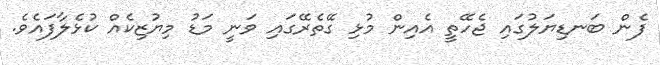
ފެން ބަނޑިޔަލުގައި ޖެހޭތީ އެއިން މުޅި ގޭތެރޭގައި ވަނީ މަޑު މިޔުޒިކެއް ކުޅެލާފައެވެ.